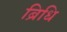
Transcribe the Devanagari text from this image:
ब्रिधि